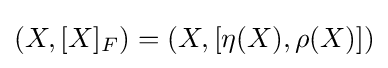
{\textstyle (X,[X]_{F})=(X,[\eta (X),\rho (X)])}